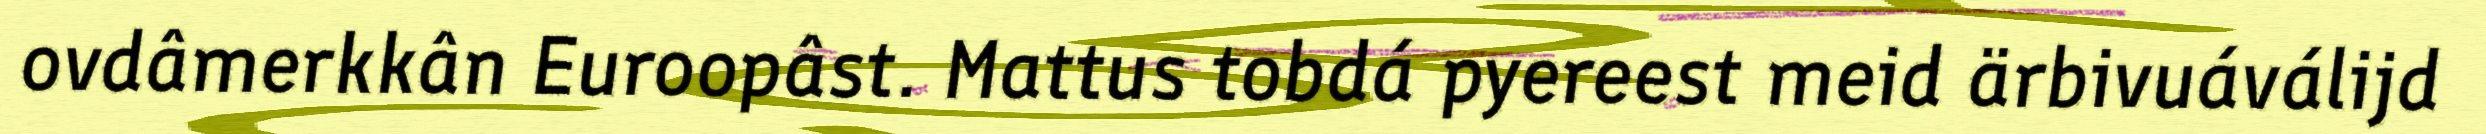
ovdâmerkkân Euroopâst. Mattus tobdá pyereest meid ärbivuáválijd